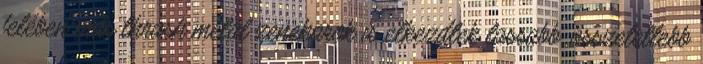
felében más thrash metal zenekarok is elkezdtek lassabb, összetettebb